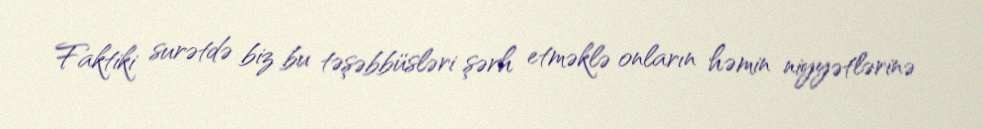
Faktiki surətdə biz bu təşəbbüsləri şərh etməklə onların həmin niyyətlərinə